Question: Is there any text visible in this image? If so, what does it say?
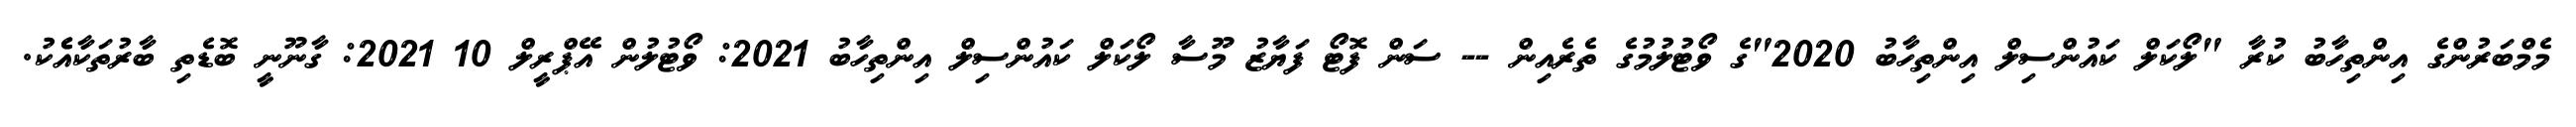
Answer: މެމްބަރުންގެ އިންތިހާބު ކުރާ "ލޯކަލް ކައުންސިލް އިންތިހާބު 2020"ގެ ވޯޓުލުމުގެ ތެރެއިން -- ސަން ފޮޓޯ ފަޔާޒު މޫސާ ލޯކަލް ކައުންސިލް އިންތިހާބު 2021: ވޯޓުލުން އޭޕްރީލް 10 2021: ގާނޫނީ ބޮޑެތި ބާރުތަކާއެެކު.